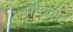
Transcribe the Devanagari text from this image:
बारिकोट